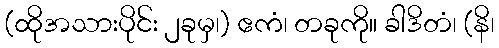
(ထိုအသားပိုင်း ၂ခုမှ၊) ဧကံ၊ တခုကို။ ခါဒိတံ၊ (နိ၊